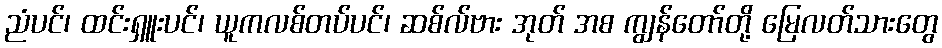
ညံပင်၊ ထင်းရှူးပင်၊ ယူကလစ်တပ်ပင်၊ ဆစ်လ်ဗား အုတ် အစ ကျွန်တော်တို့ မြေလတ်သားတွေ